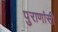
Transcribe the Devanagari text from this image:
पुराणांसी